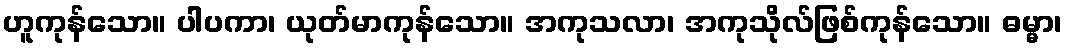
ဟူကုန်သော။ ပါပကာ၊ ယုတ်မာကုန်သော။ အကုသလာ၊ အကုသိုလ်ဖြစ်ကုန်သော။ ဓမ္မာ၊